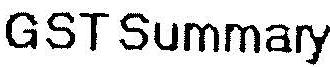
GST SUMMARY